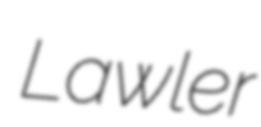
Lawler